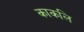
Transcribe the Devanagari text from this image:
काकलि